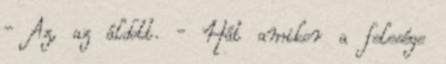
- Az, az áldott. - Hát amikor a felesége